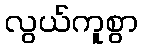
လွယ်ကူစွာ